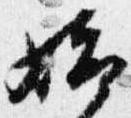
始